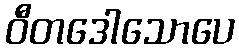
ဝီတဒေါသောပေ